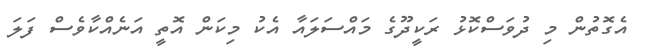
އެގޮތުން މި ދުވަސްކޮޅު ރަކީދޫގެ މައްސަލައާ އެކު މިކަން އޮތީ އަނެއްކާވެސް ފަލަ